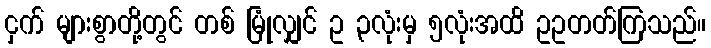
ငှက် များစွာတို့တွင် တစ် မြုံလျှင် ဥ ၃လုံးမှ ၅လုံးအထိ ဥဥတတ်ကြသည်။